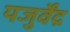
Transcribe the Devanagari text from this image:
यजुर्वेंद्र